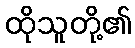
ထိုသူတို့၏